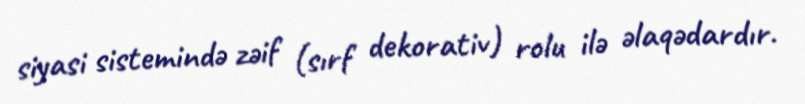
siyasi sistemində zəif (sırf dekorativ) rolu ilə əlaqədardır.